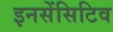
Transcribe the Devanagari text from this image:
इनसेंसिटिव